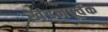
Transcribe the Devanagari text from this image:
खंडनपूर्वक